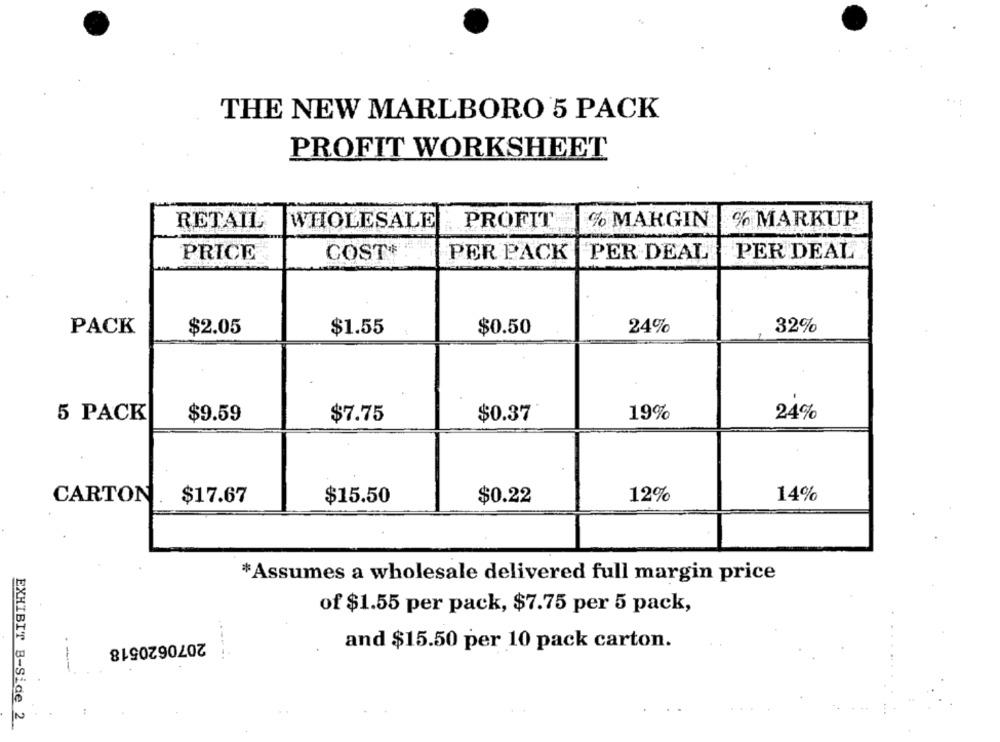
THE NEW MARLBORO 5 PACK
PROFIT WORKSHEET
% MARGIN
% MARKUP
RETAIL
WHOLESALE
PROFIT
PRICE
COST+
PER PACK
PER DEAL
PER DEAL
PACK
$2.05
$1.55
$0.50
24%
32%
19%
24%
5 PACK
$9.59
$7.75
$0.37
12%
14%
CARTON
$17.67
$15.50
$0.22
*Assumes a wholesale delivered full margin price
of $1.55 per pack, $7.75 per 5 pack,
2070620518
and $15.50 per 10 pack carton.
.-
EXHIBIT B-Side 2